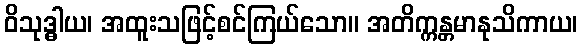
ဝိသုဒ္ဓါယ၊ အထူးသဖြင့်စင်ကြယ်သော။ အတိက္ကန္တမာနုသိကာယ၊